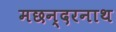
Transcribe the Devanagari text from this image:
मछन्दरनाथ